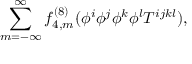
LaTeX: \sum _ { m = - \infty } ^ { \infty } f _ { 4 , m } ^ { ( 8 ) } ( \phi ^ { i } \phi ^ { j } \phi ^ { k } \phi ^ { l } T ^ { i j k l } ) ,